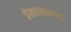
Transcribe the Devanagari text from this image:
प्रेमवात्सल्यता